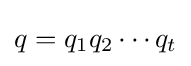
q=q_{1}q_{2}\cdots q_{t}